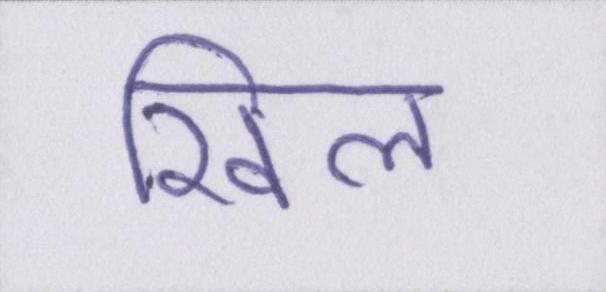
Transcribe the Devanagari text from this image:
खिल